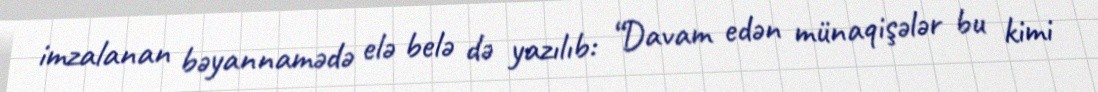
imzalanan bəyannamədə elə belə də yazılıb: “Davam edən münaqişələr bu kimi